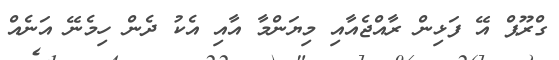
ގްރޫޕް އޭ ފަޅިން ރާއްޖެއާއި މިޔަންމާ އާއި އެކު ދެން ހިމެނޭ އަނެއް